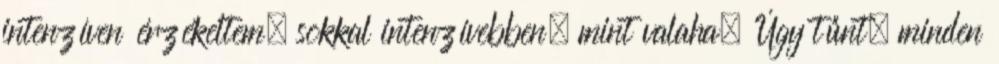
intenzíven érzékeltem, sokkal intenzívebben, mint valaha. Úgy tűnt, minden